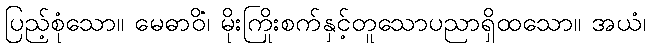
ပြည့်စုံသော။ မေဓာဝိံ၊ မိုးကြိုးစက်နှင့်တူသောပညာရှိထသော။ အယံ၊